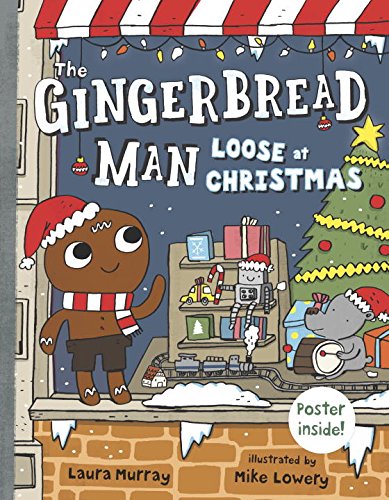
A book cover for The Gingerbread Man Loose at Christmas; Laura Murray; Children's Books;